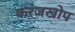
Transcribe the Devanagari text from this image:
करंजखोप